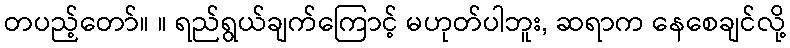
တပည့်တော်။ ။ ရည်ရွယ်ချက်ကြောင့် မဟုတ်ပါဘူး, ဆရာက နေစေချင်လို့